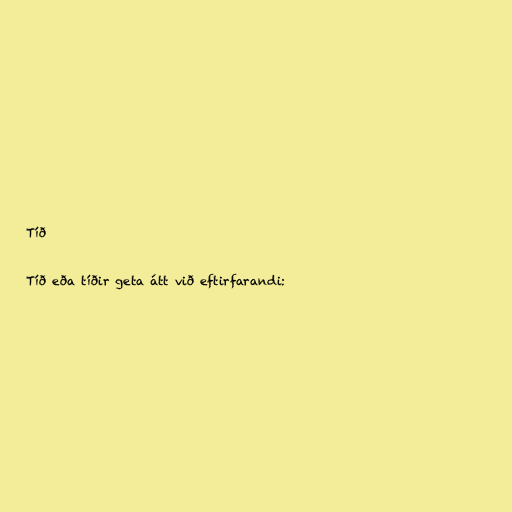
Tíð

Tíð eða tíðir geta átt við eftirfarandi: